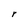
Character: r